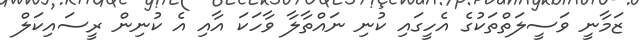
ޒަމާނީ ވަސީލަތްތަކުގެ އެހީގައި ކުނި ނައްތާލާ ވާހަކަ އާއި އެ ކުނިން ރީސައިކަލް